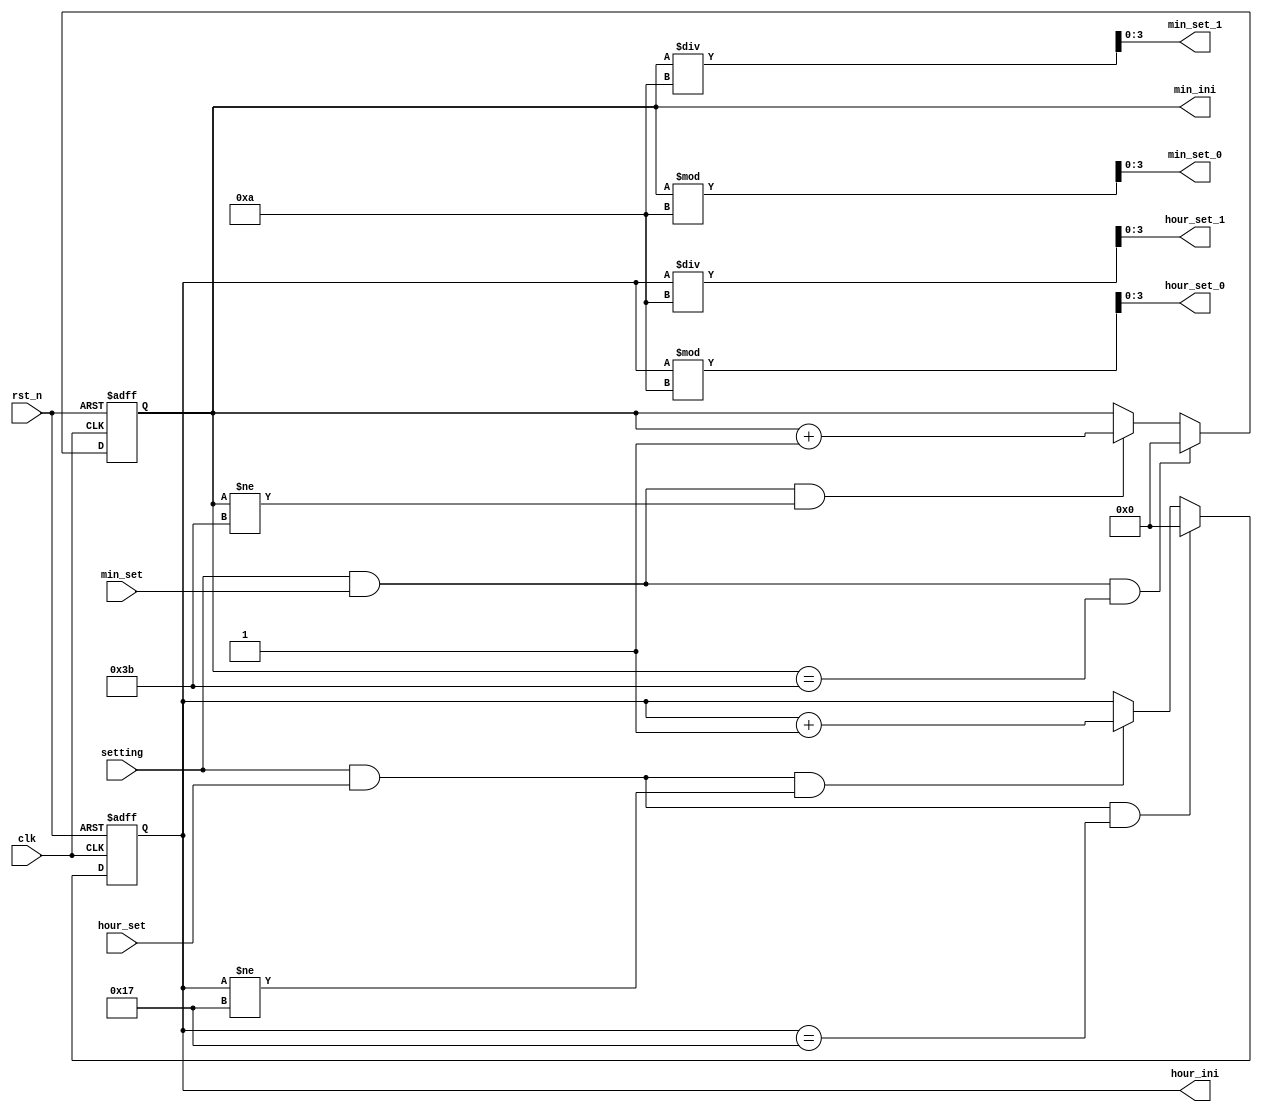
`timescale 1ns / 1ps

module set(
    setting,
    min_set_0,
    min_set_1,
    hour_set_0,
    hour_set_1,
    min_ini,
    hour_ini,
    min_set,
    hour_set,
    clk,
    rst_n
);
output [3:0] min_set_0, min_set_1, hour_set_0, hour_set_1;
output [5:0] min_ini, hour_ini;
input min_set, hour_set, setting;
input clk, rst_n;
reg [3:0] min_set_0, min_set_1, hour_set_0, hour_set_1;
reg [5:0] min_ini, hour_ini;
reg [5:0] min_tmp, hour_tmp;

always @*
    if (setting == 1'b1 && min_set == 1'b1 && min_ini == 6'd59)
        min_tmp = 6'd0;
    else if (setting == 1'b1 && min_set == 1'b1 && min_ini != 6'd59)
        min_tmp = min_ini + 6'd1;
    else
        min_tmp = min_ini;

always @*
    if (setting == 1'b1 && hour_set == 1'b1 && hour_ini == 6'd23)
        hour_tmp = 6'd0;
    else if (setting == 1'b1 && hour_set == 1'b1 && hour_ini != 6'd23)
        hour_tmp = hour_ini + 6'd1;
    else
        hour_tmp = hour_ini;

always @(posedge clk or negedge rst_n)
    if (~rst_n) begin
        min_ini <= 6'd0;
        hour_ini <= 6'd0;
    end
    else begin
        min_ini <= min_tmp;
        hour_ini <= hour_tmp;
    end

//convert to two separate digits
always@*
begin
    min_set_1 = min_ini / 10;
    min_set_0 = min_ini % 10;
    hour_set_1 = hour_ini / 10;
    hour_set_0 = hour_ini % 10;
end

endmodule